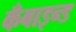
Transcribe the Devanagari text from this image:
कँबाइन्ड